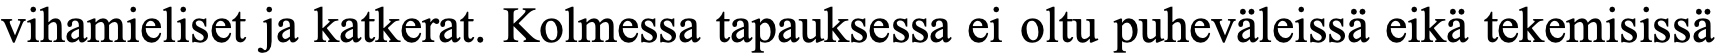
vihamieliset ja katkerat. Kolmessa tapauksessa ei oltu puheväleissä eikä tekemisissä